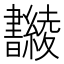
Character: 𣍚